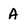
Character: A